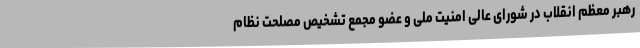
رهبر معظم انقلاب در شورای عالی امنیت ملی و عضو مجمع تشخیص مصلحت نظام